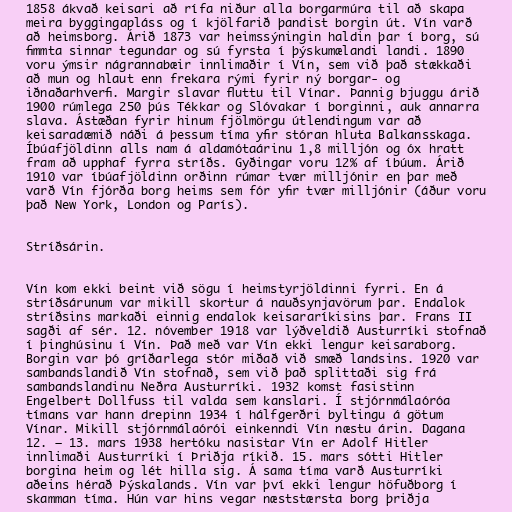
1858 ákvað keisari að rífa niður alla borgarmúra til að skapa
meira byggingapláss og í kjölfarið þandist borgin út. Vín varð
að heimsborg. Árið 1873 var heimssýningin haldin þar í borg, sú
fimmta sinnar tegundar og sú fyrsta í þýskumælandi landi. 1890
voru ýmsir nágrannabæir innlimaðir í Vín, sem við það stækkaði
að mun og hlaut enn frekara rými fyrir ný borgar- og
iðnaðarhverfi. Margir slavar fluttu til Vínar. Þannig bjuggu árið
1900 rúmlega 250 þús Tékkar og Slóvakar í borginni, auk annarra
slava. Ástæðan fyrir hinum fjölmörgu útlendingum var að
keisaradæmið náði á þessum tíma yfir stóran hluta Balkansskaga.
Íbúafjöldinn alls nam á aldamótaárinu 1,8 milljón og óx hratt
fram að upphaf fyrra stríðs. Gyðingar voru 12% af íbúum. Árið
1910 var íbúafjöldinn orðinn rúmar tvær milljónir en þar með
varð Vín fjórða borg heims sem fór yfir tvær milljónir (áður voru
það New York, London og París).

Stríðsárin.

Vín kom ekki beint við sögu í heimstyrjöldinni fyrri. En á
stríðsárunum var mikill skortur á nauðsynjavörum þar. Endalok
stríðsins markaði einnig endalok keisararíkisins þar. Frans II
sagði af sér. 12. nóvember 1918 var lýðveldið Austurríki stofnað
í þinghúsinu í Vín. Það með var Vín ekki lengur keisaraborg.
Borgin var þó gríðarlega stór miðað við smæð landsins. 1920 var
sambandslandið Vín stofnað, sem við það splittaði sig frá
sambandslandinu Neðra Austurríki. 1932 komst fasistinn
Engelbert Dollfuss til valda sem kanslari. Í stjórnmálaóróa
tímans var hann drepinn 1934 í hálfgerðri byltingu á götum
Vínar. Mikill stjórnmálaórói einkenndi Vín næstu árin. Dagana
12. – 13. mars 1938 hertóku nasistar Vín er Adolf Hitler
innlimaði Austurríki í Þriðja ríkið. 15. mars sótti Hitler
borgina heim og lét hilla sig. Á sama tíma varð Austurríki
aðeins hérað Þýskalands. Vín var því ekki lengur höfuðborg í
skamman tíma. Hún var hins vegar næststærsta borg þriðja